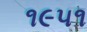
૧૯૫૧